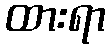
ထားရာ